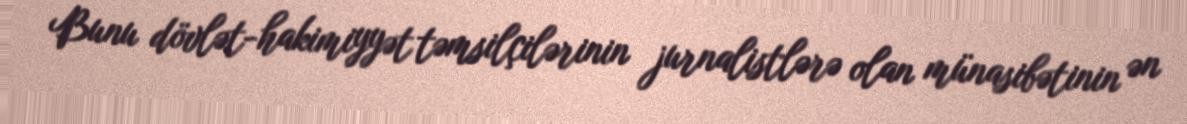
Bunu dövlət-hakimiyyət təmsilçilərinin jurnalistlərə olan münasibətinin ən